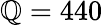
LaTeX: \mathbb{Q}=440